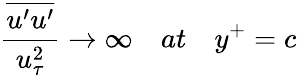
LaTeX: \frac{\overline{{u^{\prime}u^{\prime}}}}{u_{\tau}^{2}}\rightarrow\infty\quad at\quad y^{+}=c